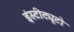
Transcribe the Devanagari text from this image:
इंस्टीट्यूटो